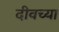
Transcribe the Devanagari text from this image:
दीवच्या